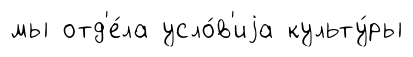
мы отд'е́ла усло́в'иjа культу́ры